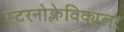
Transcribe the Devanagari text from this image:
स्टरनोक्लेविक्युलर